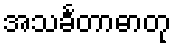
အသင်္ခတာဓာတု